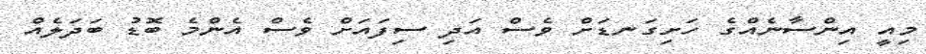
މިއީ އިންސާނެއްގެ ހަށިގަނޑަށް ވެސް އަދި ސިފައަށް ވެސް އެންމެ ބޮޑު ބަދަލެއް